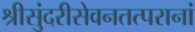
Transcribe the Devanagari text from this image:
श्रीसुंदरीसेवनतत्परानां